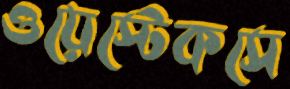
ওয়েস্টেকসে